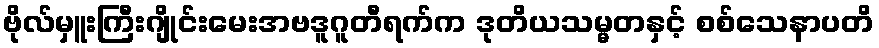
ဗိုလ်မှူးကြီးဂျိုင်းမေးအဗဒူဂူတီရက်က ဒုတိယသမ္မတနှင့် စစ်သေနာပတိ